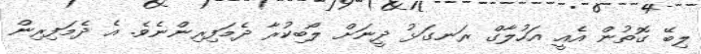
ލިބޭ ގޮތުން އެއީ އަހުލާގް ރަނގަޅު ދީނަށް ލޯބިކުރާ ދެމަފިރިންނެވެ. އެ ދެމަފިރިން